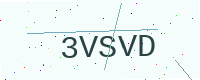
Text: 3VSVD